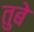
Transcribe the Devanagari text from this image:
तुबे